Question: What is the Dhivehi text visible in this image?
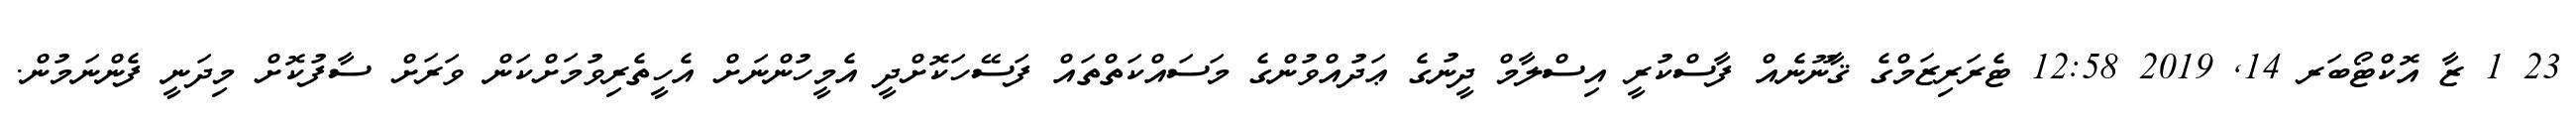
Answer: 23 1 ޒާ އޮކްޓޯބަރ 14, 2019 12:58 ޓެރަރިޒަމްގެ ޤާނޫނެއް ފާސްކުރީ އިސްލާމް ދީނުގެ ޢަދުއްވުންގެ މަސައްކަތްތައް ފަސޭހަކޮށްދީ އެމީހުންނަށް އެހީތެރިވުމަށްކަން ވަރަށް ސާފުކޮށް މިދަނީ ފެންނަމުން.